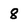
Character: 8